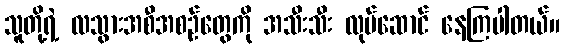
သူတို့ရဲ့ လသွားအစီအစဉ်တွေကို အသီးသီး လုပ်ဆောင် နေကြပါတယ်။